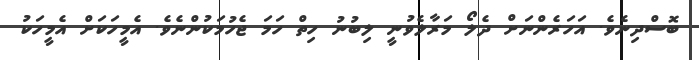
ބޮސްދިނެވެ. އަހަރެންނަށް ދެލޯ މަރާލެވުނީ ލިބުނު ހިތް ހަމަ ޖެހުމަކުންނެވެ. އެމީހަކަށް އެމީހަކު